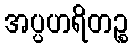
အပ္ပဟရိတဉ္စ